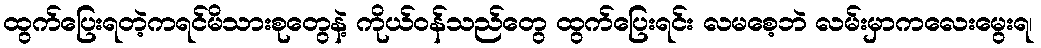
ထွက်ပြေးရတဲ့ကရင်မိသားစုတွေနဲ့ ကိုယ်ဝန်သည်တွေ ထွက်ပြေးရင်း လမစေ့ဘဲ လမ်းမှာကလေးမွေးရ၊